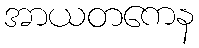
အာယတကေန